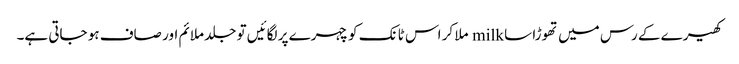
کھیرے کے رس میں تھوڑا سا milk ملا کر اس ٹانک کو چہرے پر لگائیں تو جلد ملائم اور صاف ہو جاتی ہے۔